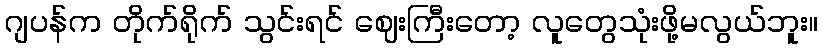
ဂျပန်က တိုက်ရိုက် သွင်းရင် ဈေးကြီးတော့ လူတွေသုံးဖို့မလွယ်ဘူး။